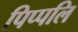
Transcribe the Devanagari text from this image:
पिप्पलि